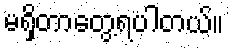
မရှိတာတွေ့ရပါတယ်။